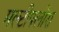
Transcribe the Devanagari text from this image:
मल्टीफ्लोरा